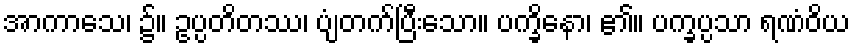
အာကာသေ၊ ၌။ ဥပ္ပတိတဿ၊ ပျံတက်ပြီးသော။ ပက္ခိနော၊ ၏။ ပက္ခပ္ပသာ ရဏံဝိယ